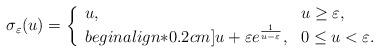
LaTeX: \begin{align*} \sigma_\varepsilon(u)=\left\{ \begin{array}{ll} u, & u\geq\varepsilon, \\begin{align*}0.2cm] u+\varepsilon e^\frac{1}{u-\varepsilon}, & 0\leq u<\varepsilon. \end{array} \right.\end{align*}